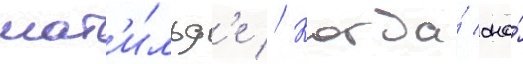
мат'и́льд'е // Когда́ она́